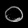
Digit: ၀